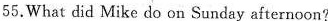
55.What did Mike do on Sunday afternoon?